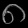
Digit: ၈